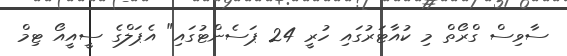
ސާވިސް ގްރޯތް މި ކުއާޓަރުގައި ހުރީ 24 ޕަސެންޓުގައި" އެޕަލްގެ ސީއީއޯ ޓިމް